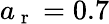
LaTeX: a_{\mathrm{~r~}}=0.7